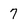
Character: 7